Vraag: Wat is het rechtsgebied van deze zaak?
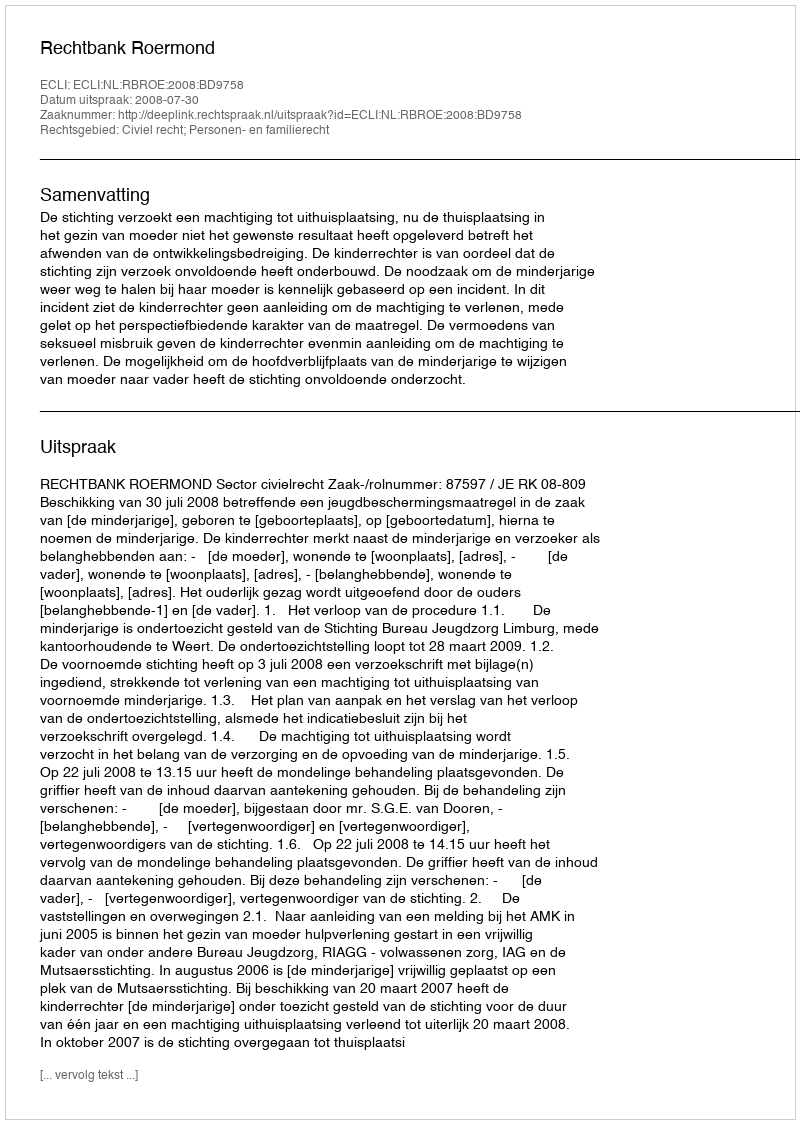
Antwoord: Civiel recht; Personen- en familierecht